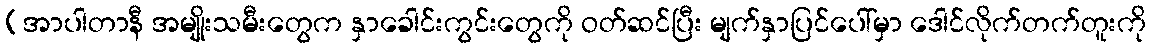
(အာပါတာနီ အမျိုးသမီးတွေက နှာခေါင်းကွင်းတွေကို ဝတ်ဆင်ပြီး မျက်နှာပြင်ပေါ်မှာ ဒေါင်လိုက်တက်တူးကို